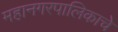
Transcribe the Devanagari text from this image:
महानगरपालिकाचे